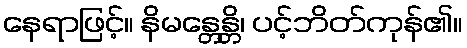
နေရာဖြင့်။ နိမန္တေန္တိ၊ ပင့်ဘိတ်ကုန်၏။